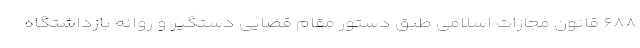
۶۸۸ قانون مجازات اسلامی طبق دستور مقام قضایی دستگیر و روانه بازداشتگاه